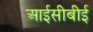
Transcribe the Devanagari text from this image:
आईसीबीई